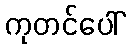
ကုတင်ပေါ်